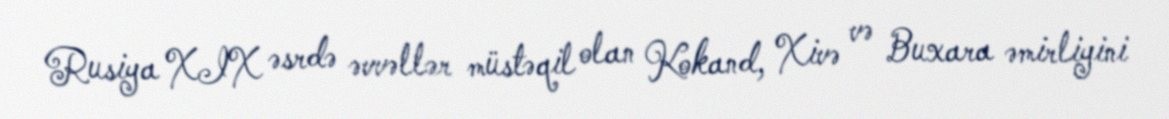
Rusiya XIX əsrdə əvvəllər müstəqil olan Kokand, Xivə və Buxara əmirliyini